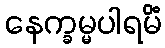
နေက္ခမ္မပါရမိံ